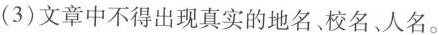
(3)文章中不得出现真实的地名、校名、人名。